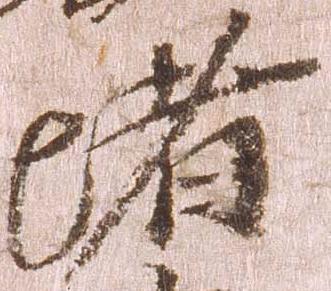
堵